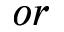
o r